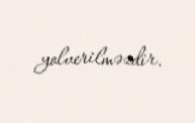
yolverilməzdir.